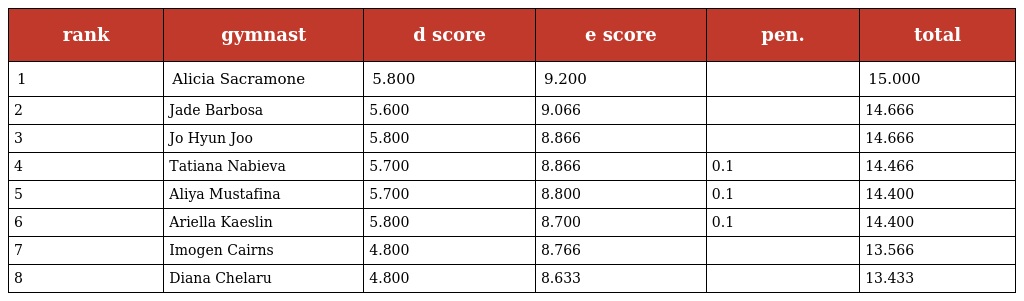
| rank | gymnast | d score | e score | pen. | total |
 | --- | --- | --- | --- | --- | --- |
 | 1 | Alicia Sacramone | 5.800 | 9.200 |  | 15.000 |
 | 2 | Jade Barbosa | 5.600 | 9.066 |  | 14.666 |
 | 3 | Jo Hyun Joo | 5.800 | 8.866 |  | 14.666 |
 | 4 | Tatiana Nabieva | 5.700 | 8.866 | 0.1 | 14.466 |
 | 5 | Aliya Mustafina | 5.700 | 8.800 | 0.1 | 14.400 |
 | 6 | Ariella Kaeslin | 5.800 | 8.700 | 0.1 | 14.400 |
 | 7 | Imogen Cairns | 4.800 | 8.766 |  | 13.566 |
 | 8 | Diana Chelaru | 4.800 | 8.633 |  | 13.433 |